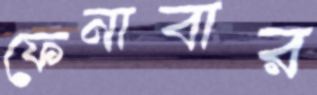
ফেনাবার